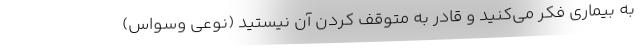
به بیماری فکر می‌کنید و قادر به متوقف کردن آن نیستید (نوعی وسواس)